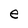
Character: e